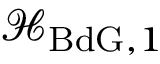
\mathcal { H } _ { \mathrm { B d G } , 1 }